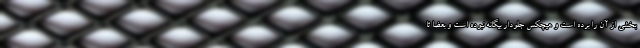
بخشی از آن را برده است و هیچکس جلودار بیگانه نبوده است و بعضا تا